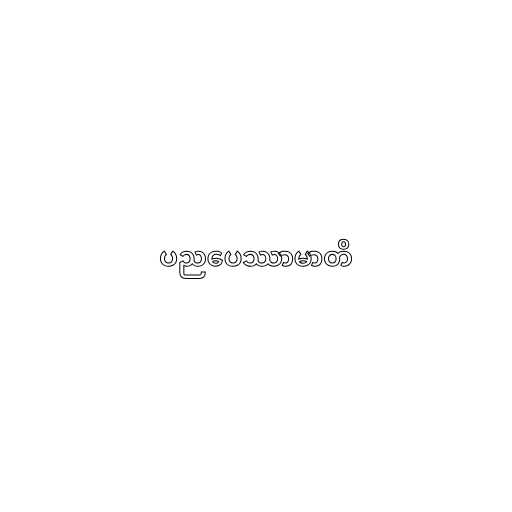
ပညပေဿာမာတိ